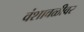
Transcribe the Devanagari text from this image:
वंशावळीवर